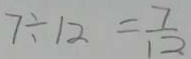
7 \div 1 2 = \frac { 7 } { 1 2 }